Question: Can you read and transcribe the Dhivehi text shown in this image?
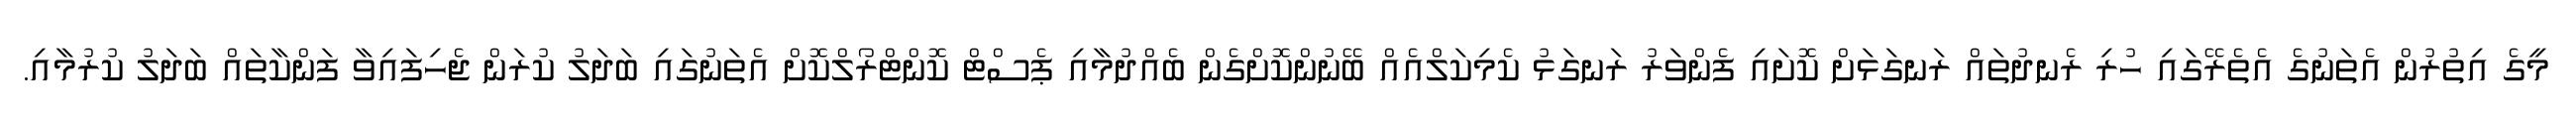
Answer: މީގެ އިތުރުން އެތަނުގެ އެތެރޭގައި ހުރި ރެނދުތައް ރަނގަޅަށް ކޮށައި ފެންވަރު ރަނގަޅު ކެމިކަލްއެއް ބޭނުންކޮށްގެން ބެއްދުމާއި ޕެސްޓް ކޮންޓްރޯލްކޮށް އެތަނުގައި ބަދަލު ކުރަން ޖެހިފައިވާ ފަންކާތައް ބަދަލު ކުރުމާއި.